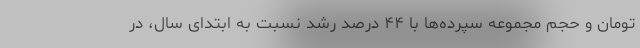
تومان و حجم مجموعه سپرده‌ها با ۴۴ درصد رشد نسبت به ابتدای سال، در